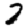
Digit: 2